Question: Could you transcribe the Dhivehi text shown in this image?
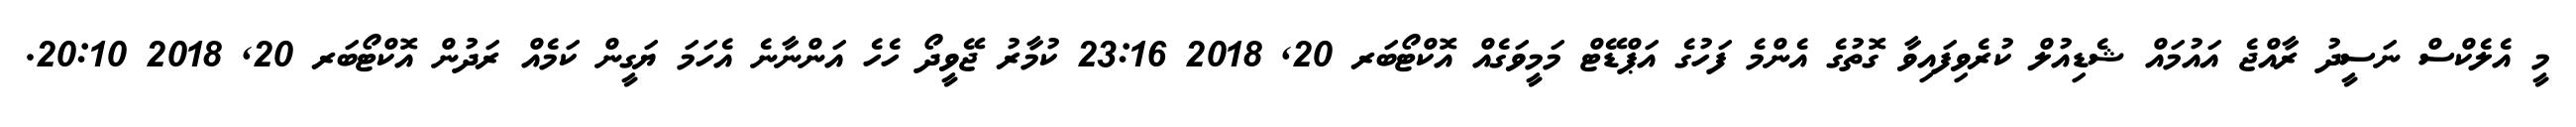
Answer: މީ އެލެކްސް ނަސީދު ރާއްޖެ އައުމައް ޝެޑިއުލް ކުރެވިފައިވާ ގޮތުގެ އެންމެ ފަހުގެ އަޕްޑޭޓް މަމީވަގެއް އޮކްޓޯބަރ 20, 2018 23:16 ކުމާރު ޖޭވީދޯ ހެހެ އަންނާނެ އެހަމަ ޔަގީން ކަމެއް ރަދުން އޮކްޓޯބަރ 20, 2018 20:10.